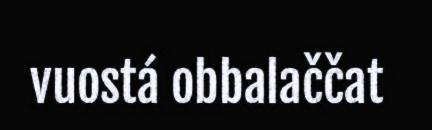
vuostá obbalaččat